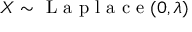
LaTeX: X \sim { \textrm { L a p l a c e } } ( 0 , \lambda )